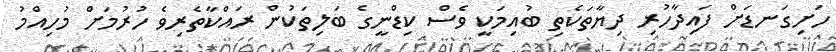
ހަށިގަނޑަށް ފައިދާހުރި ދިޔާތަކެތި ބުއިމަކީ ވެސް ކިޑްނީގެ ބަލިތަކުން ރައްކާތެރިވެ ހުރުމަށް މުހިއްމު